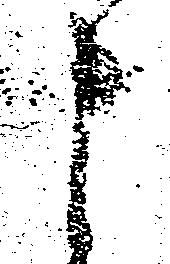
申